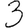
Digit: 3